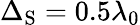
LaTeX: \Delta_{\mathrm{S}}=0.5\lambda_{0}